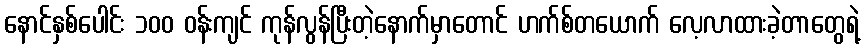
နောင်နှစ်ပေါင်း ၁၀၀ ဝန်းကျင် ကုန်လွန်ပြီးတဲ့နောက်မှာတောင် ဟက်စ်တယောက် လေ့လာထားခဲ့တာတွေရဲ့